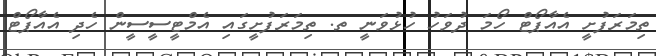
ތިމަރަފުށީ އެއާޕޯޓް ހޯމަ ދުވަހު ހުޅުވަނީ ތ. ތިމަރަފުށީގައި އެމްޓީސީސީން ހެދި އެއާޕޯޓް